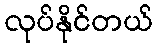
လုပ်နိုင်တယ်